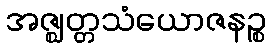
အဇ္ဈတ္တသံယောဇနဉ္စ